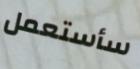
سأستعمل